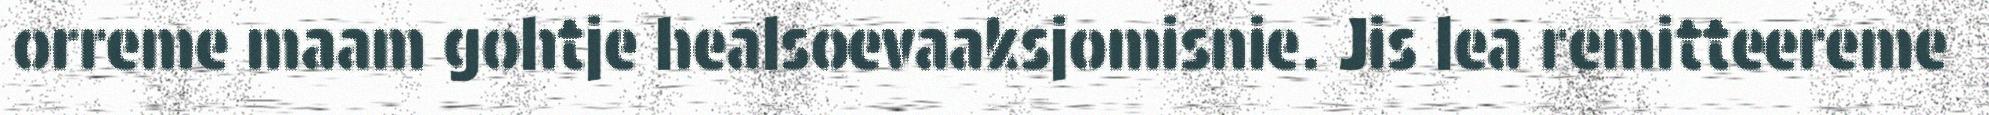
orreme maam gohtje healsoevaaksjomisnie. Jis lea remitteereme